Vaccination United Provinces of Agra and Oudh 1902-1913 - 1902-1913
Year: 1902
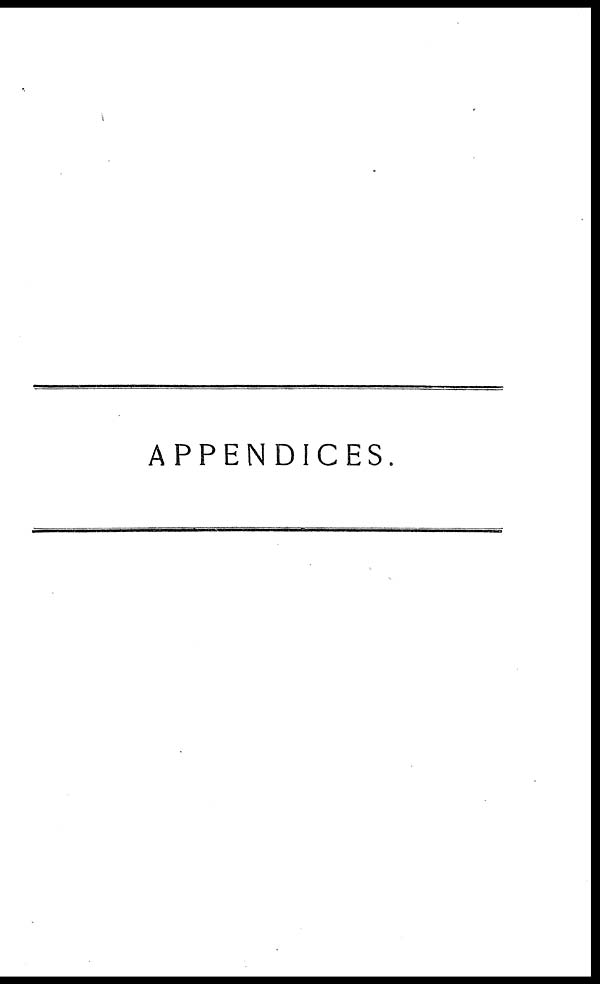
APPENDICES.